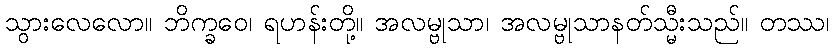
သွားလေလော။ ဘိက္ခဝေ၊ ရဟန်းတို့။ အလမ္ဗုသာ၊ အလမ္ဗုသာနတ်သ္မီးသည်။ တဿ၊